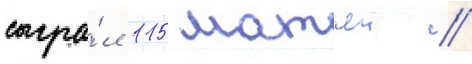
сыгра́л 115 матчеи //